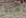
مينا